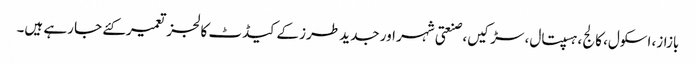
بازاز، اسکول، کالج ،ہسپتال، سڑکیں، صنعتی شہر اور جدید طرز کے کیڈٹ کالجز تعمیرکئے جا رہے ہیں۔